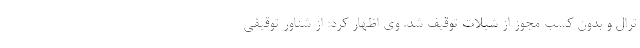
ترال و بدون کسب مجوز از شیلات توقیف شد. وی اظهار کرد: از شناور توقیفی